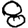
Digit: 8